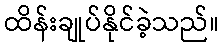
ထိန်းချုပ်နိုင်ခဲ့သည်။